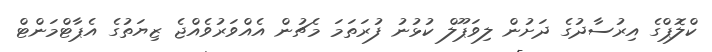
ކްލޮޕްގެ އިރުސާދުގެ ދަށުން ލިވަޕޫލް ކުޅުނު ފުރަތަމަ މެޗުން އެއްވަރުވެއްޖެ ޒިޔަތުގެ އެޕާޓްމަންޓް